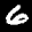
Label: 6